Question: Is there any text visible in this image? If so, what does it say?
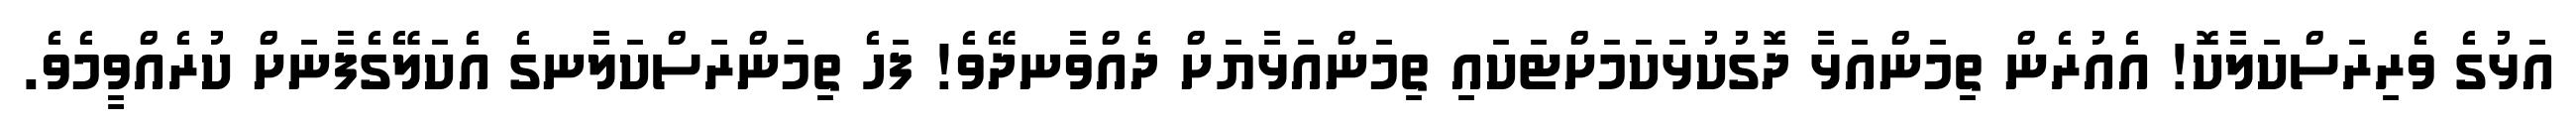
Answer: އަޅުގެ ވެރިރަސްކަލާކޮ! އެއުރެން ތިމަންއަޅާ ދޮގުކުޅަކަމަށްޓަކައި ތިމަންއަޅާޔަށް ދެއްވާނދޭވެ! ފަހެ ތިމަންރަސްކަލާނގެ އެކަލޭގެފާނަށް ކުރެއްވީމެވެ.